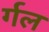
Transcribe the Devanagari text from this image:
र्गल